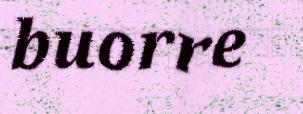
buorre